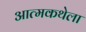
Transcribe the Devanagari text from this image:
आत्मकथेला